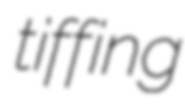
tiffing